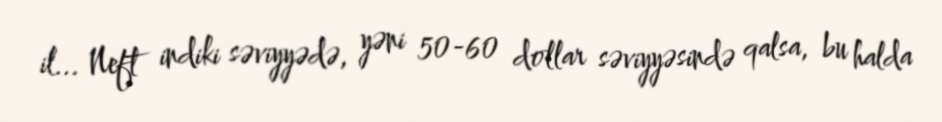
il... Neft indiki səviyyədə, yəni 50-60 dollar səviyyəsində qalsa, bu halda